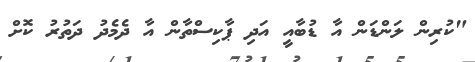
"ކުރިން ލަންޑަން އާ ޑުބާއީ އަދި ޕާކިސްތާން އާ ދެމެދު ދަތުރު ކޮށް